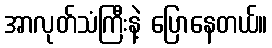
အာလုတ်သံကြီးနဲ့ ပြောနေတယ်။